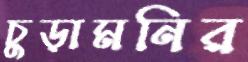
চুড়ামনির